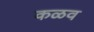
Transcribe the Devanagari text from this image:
कळव